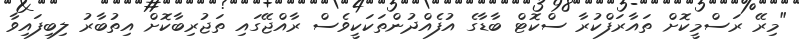
"މިރޭ ރަސްމީކޮށް ތައާރަފްކުރާ ސްކޮޓް ބާޑާގެ އުފެއްދުންތަކަކީވެސް ރާއްޖޭގައި ތަޖުރިބާކޮށް އިތުބާރު ލިބިފައިވާ